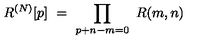
R ^ { ( N ) } [ p ] \ = \ \prod _ { p + n - m = 0 } \ R ( m , n )